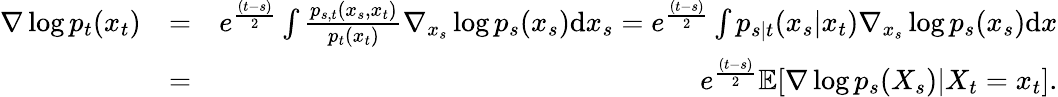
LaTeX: \begin{array}{rlr}{\nabla\log p_{t}(x_{t})}&{=}&{e^{\frac{(t-s)}{2}}\int\frac{p_{s,t}(x_{s},x_{t})}{p_{t}(x_{t})}\nabla_{x_{s}}\log p_{s}(x_{s})\mathrm{d}x_{s}=e^{\frac{(t-s)}{2}}\int p_{s|t}(x_{s}|x_{t})\nabla_{x_{s}}\log p_{s}(x_{s})\mathrm{d}x}\\ &{=}&{e^{\frac{(t-s)}{2}}\mathbb{E}[\nabla\log p_{s}(X_{s})|X_{t}=x_{t}].}\end{array}